Report on vaccination in Madras 1922-1929 - 1922-1929
Year: 1922
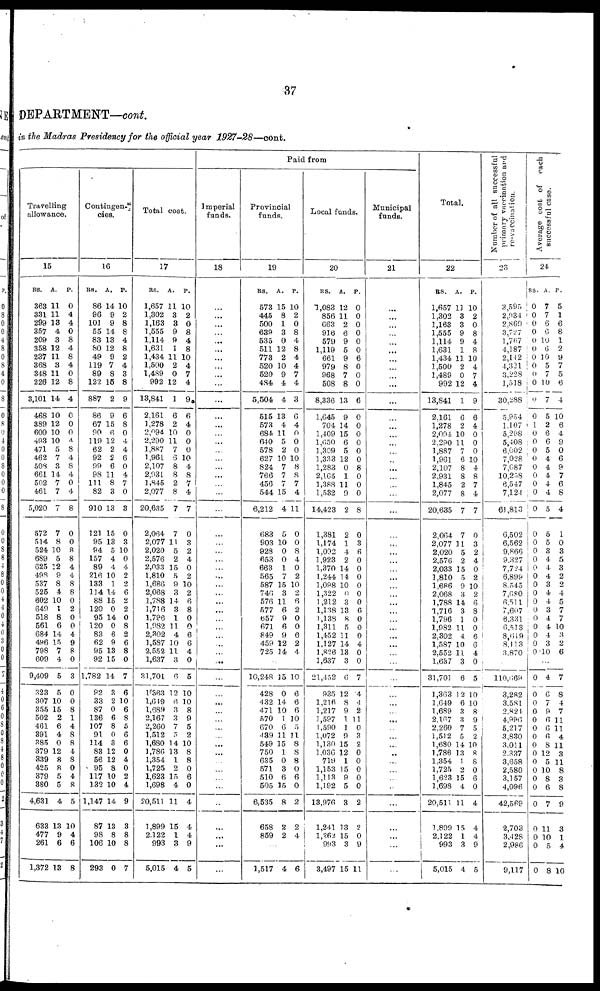
37
DEPARTMENT—cont.
in the Madras Presidency for the official year
1927-28—cont.
Travelling
allowance.
15
RS.
363
331
299
357
209
358
237
368
348
226
3,101
468
389
600
493
471
462
508
661
502
461
5,020
572
514
524
689
625
498
537
525
602
649
518
561
684
496
798
609
9,409
323
307
355
502
461
391
385
379
339
425
379
380
4,631
633
477
261
1,372
A.
11
11
13
4
3
12
11
3
11
12
14
10
12
10
10
5
7
3
14
7
7
7
7
8
10
5
12
9
8
4
10
1
8
6
14
15
7
4
5
5
10
15
2
6
4
0
12
8
8
5
5
4
13
9
6
13
P.
0
4
4
0
8
4
8
4
0
8
4
0
0
0
4
8
4
8
4
0
4
8
0
0
8
8
4
4
8
8
0
2
0
0
4
9
8
0
3
0
0
8
1
4
8
8
4
8
0
4
8
5
10
4
6
8
Contingen-
cies.
16
RS.
86
96
101
55
83
80
49
119
89
122
887
86
67
90
119
62
92
99
98
111
82
910
121
95
94
157
89
216
133
114
88
120
95
120
83
62
95
92
1,782
92
33
87
136
107
91
114
83
56
95
117
132
1,147
87
98
106
293
A.
14
9
9
14
13
12
9
7
8
16
2
9
15
6
12
2
2
6
11
8
3
13
15
13
5
4
4
10
1
14
15
0
14
0
6
9
13
15
14
3
2
0
6
8
0
3
12
12
8
10
10
14
13
8
10
0
P.
10
2
8
8
4
8
2
4
3
8
9
6
8
0
4
4
6
0
4
7
0
3
0
3
10
0
4
2
2
6
2
2
0
8
2
6
8
0
7
6
10
6
8
5
6
6
0
4
0
2
4
9
3
8
8
7
Total cost.
17
RS.
1,657
1,302
1,163
1,555
1,114
1,631
1,434
1,500
1,489
992
13,841
2,161
1,278
2,094
2,290
1,887
1,961
2,107
2,031
1,S45
2,077
20,635
2,064
2,077
2,020
2,576
2,033
1,810
1,686
2,068
1,788
1,716
1,796
1,082
2,302
1,587
2,552
1,637
31,701
1,363
1,649
1,689
2,167
2,260
1,512
1,680
1,786
1,354
1,725
1,623
1,698
20,511
1,899
2,122
993
5,015
A.
11
3
3
9
9
1
11
2
0
12
1
6
2
10
11
7
6
8
8
2
8
7
7
11
5
2
15
5
9
3
14
3
1
11
4
10
11
3
6
12
6
3
3
7
5
14
13
1
2
15
4
11
15
1
3
4
P.
10
2
0
8
4
8
10
4
7
4
9
6
4
0
0
0
10
4
8
7
4
7
0
3
2
4
0
2
10
2
6
8
0
0
6
6
4
0
5
10
10
8
9
5
2
10
8
8
0
6
0
4
4
4
9
5
Paid from
Imperial
funds.
18
...
...
...
...
...
...
...
...
...
...
...
...
...
...
...
...
...
...
...
...
...
...
...
...
...
...
...
...
...
...
...
...
...
...
...
...
...
...
...
...
...
...
...
...
...
...
...
...
...
...
...
...
...
...
...
...
Provincial
funds.
19
RS.
573
445
500
639
535
511
773
520
520
484
5,504
515
573
684
640
578
627
824
766
456
544
6,212
683
903
928
653
663
565
587
746
576
577
657
671
849
459
725
A.
15
8
1
3
0
12
2
10
9
4
4
13
4
11
5
2
10
7
7
7
15
4
5
10
0
0
1
7
15
3
11
6
9
6
9
12
14
P.
10
2
0
8
4
8
4
4
7
4
3
6
4
0
0
0
L0
8
8
7
4
11
0
0
8
4
0
2
10
2
6
2
0
0
6
2
4
...
10,248
428
432
471
570
670
439
549
750
635
571
510
505
6,535
658
859
15
0
14
10
1
6
11
15
1
0
3
6
15
8
2
2
10
6
6
6
10
5
11
8
8
8
0
6
0
2
2
4
...
1,517 4 6
Local funds.
20
RS.
1,083
856
663
916
579
1,119
661
979
968
508
8,336
1,645
704
1,409
1,650
1,309
1,333
1,283
2,165
1,388
1,532
14,423
1,381
1,174
1,092
1,923
1,370
1,244
1,098
1,322
1,212
1,138
1,138
1,311
1,452
1,127
1,826
1,637
21,452
935
1,216
1,217
1,697
1,590
1,072
1,130
1,036
719
1,153
1,113
1,192
13,976
1,241
1,262
993
3,497
A.
12
11
2
6
9
5
9
8
7
8
13
9
14
15
6
5
12
0
1
11
9
2
2
1
4
2
14
14
10
6
3
13
8
5
11
14
13
3
6
12
8
9
1
1
9
15
12
1
15
9
5
3
13
15
3
15
P.
0
0
0
0
0
0
6
0
0
0
6
0
0
0
0
0
0
8
0
0
0
8
0
3
6
0
0
0
0
0
0
6
0
0
0
4
0
0
7
4
4
2
11
0
3
2
0
0
0
0
0
2
2
0
9
11
Municipal
funds.
21
...
...
...
...
...
...
...
...
...
...
...
...
...
...
...
...
...
...
...
...
...
...
...
...
...
...
...
...
...
...
...
...
...
...
...
...
...
...
...
...
...
...
...
...
...
...
...
...
...
...
...
...
...
...
...
...
Total.
22
RS.
1,657
1,302
1,163
1,555
1,114
1,631
1,434
1,500
1,489
992
13,841
2,161
1,278
2,094
2,290
1,887
1,961
2,107
2,931
1,845
2,077
20,635
2,064
2,077
2,020
2,576
2,033
1,810
1,686
2,068
1,788
1,716
1,796
1,982
2,302
1,587
2,552
1,637
31,701
1,363
1,649
1,689
2,167
2,260
1,512
1,680
1,786
1,354
1,725
1,628
1,698
20,511
1,899
2,122
993
5,015
A.
11
3
3
9
9
1
11
2
0
12
1
6
2
10
11
7
6
8
8
2
8
7
7
11
5
2
15
5
9
3
14
3
1
11
4
10
11
3
6
12
6
3
3
7
5
14
13
1
2
15
4
11
15
1
3
4
P.
10
2
0
8
4
8
10
4
7
4
9
6
4
0
0
0
10
4
8
7
4
7
0
3
2
4
0
2
10
2
6
8
0
0
6
6
4
0
5
10
10
8
9
5
2
10
8
8
0
6
0
4
4
4
9
5
Number of all successful
primary vaccination and
re-vaccination.
23
3,595
2,034
2,869
3,727
l,767
4,187
2,142
4,321
3,228
1,518
30,288
5,954
1,107
5,208
5,408
6,002
7,028
7,087
10,258
6,547
7,124
61,813
6,502
6,562
9,866
9,327
7,724
6,899
8,545
7,680
6,511
7,607
6,331
6,513
8,619
8,113
3,870
...
110,669
3,282
3,581
2,824
4,996
5,217
3,830
3,011
2,337
3,658
2,580
3,157
4,096
42,569
2,703
3,428
2,986
9,117
Average cost of each
successful case.
24
RS.
0
0
0
0
0
0
0
0
0
0
0
0
1
0
0
0
0
0
0
0
0
0
0
0
0
0 0
0
0
0
0
0
0
0
0
0
0
A.
7
7
6
6
10
6
16
5
7
10
7
5
2
6
6
5
4
4
4
4
4
5
5
5
3
4
4
4
3
4
4
3
4
4
4
3
10
P.
5
1
6
8
1
2
9
7
5
6
4
10
6
4
9
0
6
9
7
6
8
4
1
0
3
5
3
2
2
4
5
7
7
10
3
2
6
...
0
0
0
0
0
0
0
0
0
0
0
0
0
0
0
0
0
0
4
6
7
9
6
6
6
8
12
5
10
8
6
7
11
10
5
8
7
8
4
7
11
11
4
11
3
11
8
3
8
9
3
1
4
10